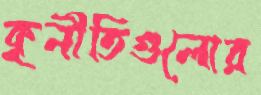
কুনীতিগুলোর